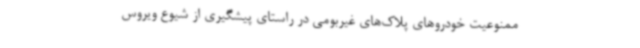
ممنوعیت خودروهای پلاک‌های غیربومی در راستای پیشگیری از شیوع ویروس